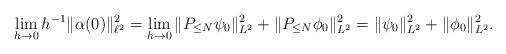
LaTeX: \begin{align*}\lim_{h\to 0} h^{-1}\|\alpha(0)\|_{\ell^2}^2 = \lim_{h\to 0}\|P_{\leq N} \psi_0\|_{L^2}^2 + \|P_{\leq N}\phi_0\|_{L^2}^2 = \|\psi_0\|_{L^2}^2 + \|\phi_0\|_{L^2}^2.\end{align*}